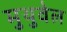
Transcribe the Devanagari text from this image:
मुथुवेल